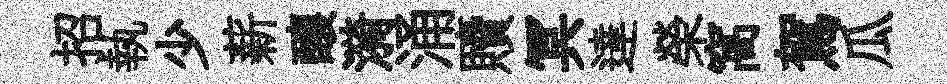
招執少薪釀漪涌贖冥達榮窩駕瓜